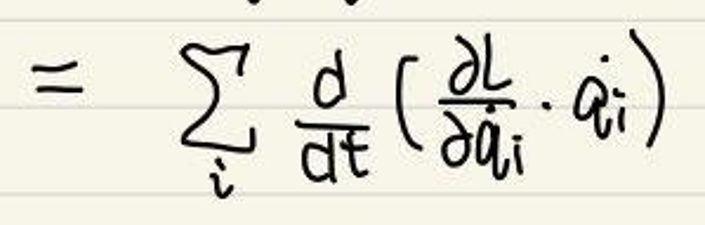
\(= \sum_{i} \frac{d}{dt} (\frac{\partial L}{\partial \dot{q}_i} \dot{q}_i)\)